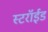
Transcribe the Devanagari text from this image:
स्टरॉईड